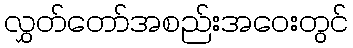
လွှတ်တော်အစည်းအဝေးတွင်